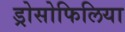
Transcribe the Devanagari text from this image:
ड्रोसोफिलिया